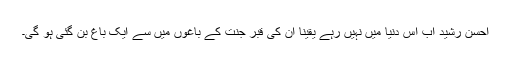
احسن رشید اب اس دنیا میں نہیں رہے یقینا ان کی قبر جنت کے باغوں میں سے ایک باغ بن گئی ہو گی۔